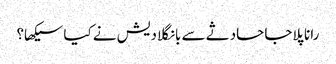
رانا پلاجا حادثے سے بانگلادیش نے کیا سیکھا؟